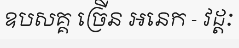
ឧបសគ្គ ច្រើន អនេក - វដ្តៈ